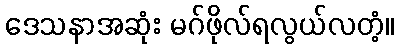
ဒေသနာအဆုံး မဂ်ဖိုလ်ရလွယ်လတံ့။